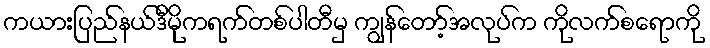
ကယားပြည်နယ်ဒီမိုကရက်တစ်ပါတီမှ ကျွန်တော့်အလုပ်က ကိုလက်စရောကို